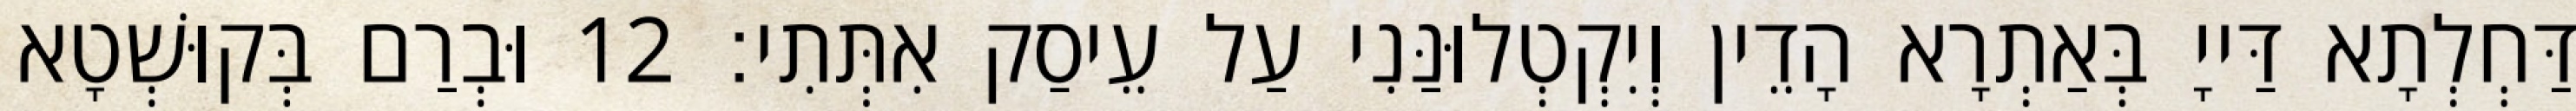
דַּחְלְתָא דַּייָ בְּאַתְרָא הָדֵין וְיִקְטְלוּנַּנִי עַל עֵיסַק אִתְּתִי׃ 12 וּבְרַם בְּקוּשְׁטָא